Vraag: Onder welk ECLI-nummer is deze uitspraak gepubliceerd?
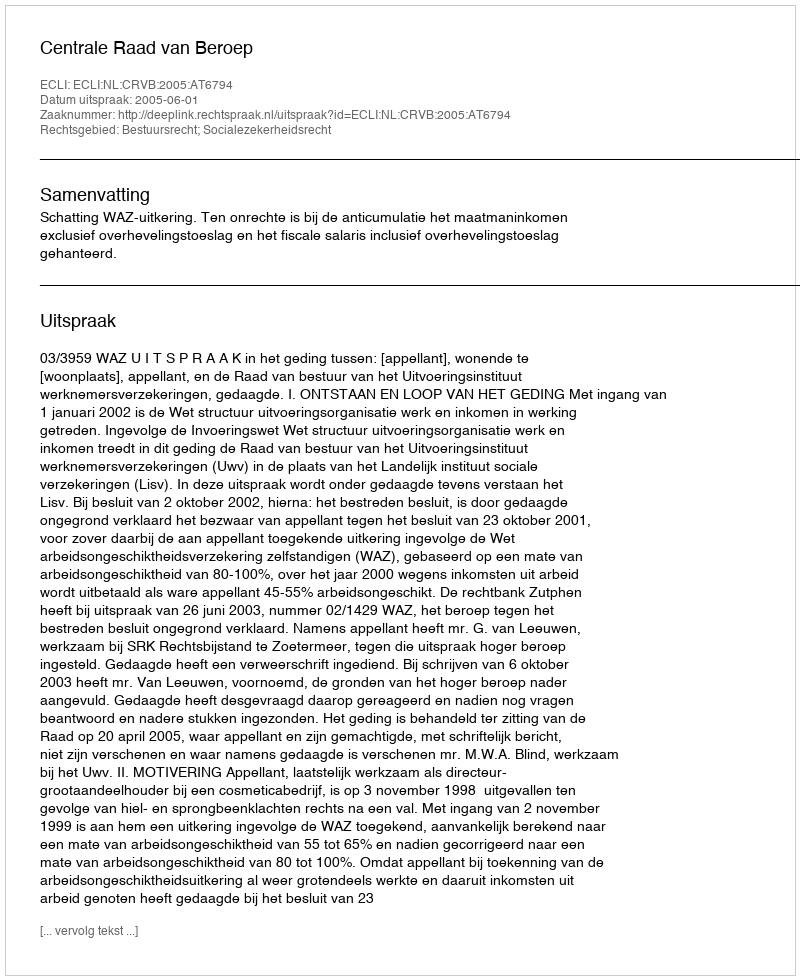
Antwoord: ECLI:NL:CRVB:2005:AT6794